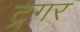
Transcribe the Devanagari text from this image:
ट्रगर